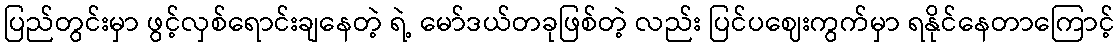
ပြည်တွင်းမှာ ဖွင့်လှစ်ရောင်းချနေတဲ့ ရဲ့ မော်ဒယ်တခုဖြစ်တဲ့ လည်း ပြင်ပဈေးကွက်မှာ ရနိုင်နေတာကြောင့်